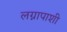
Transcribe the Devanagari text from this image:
लग्नापाशी